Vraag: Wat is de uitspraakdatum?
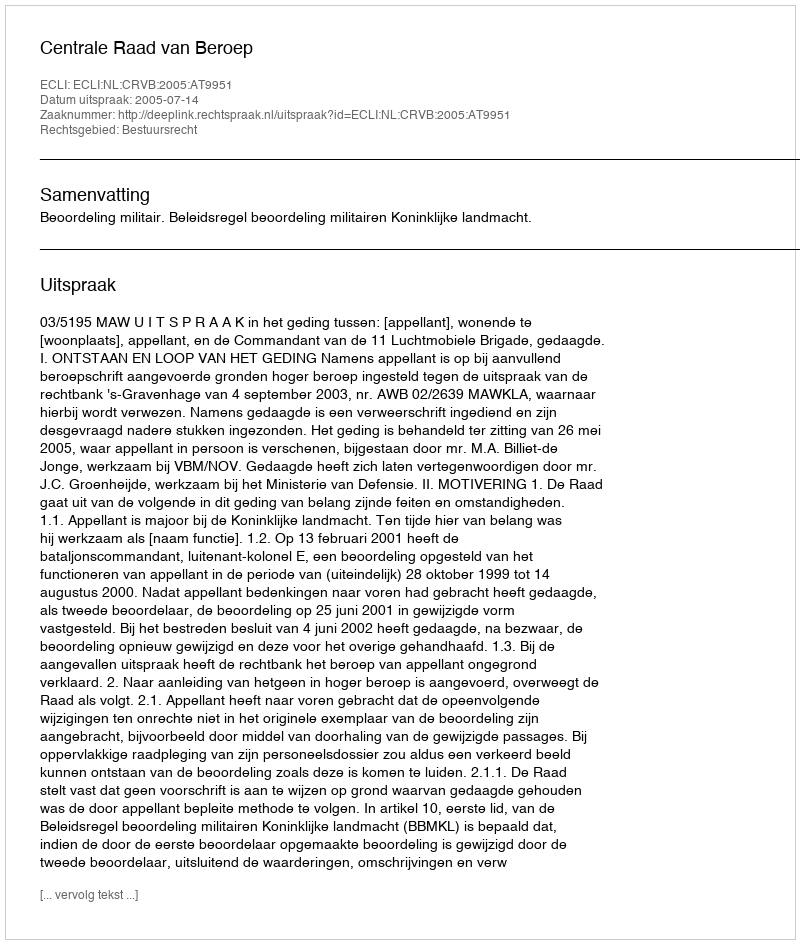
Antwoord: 2005-07-14